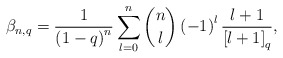
\begin{align*}\beta_{n,q}=\frac{1}{\left(1-q\right)^{n}}\sum_{l=0}^{n}\dbinom{n}{l}\left(-1\right)^{l}\frac{l+1}{\left[l+1\right]_{q}},\end{align*}